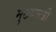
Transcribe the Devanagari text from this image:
मुख्यमत्री